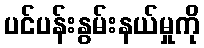
ပင်ပန်းနွမ်းနယ်မှုကို